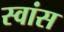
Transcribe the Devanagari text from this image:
स्वांस